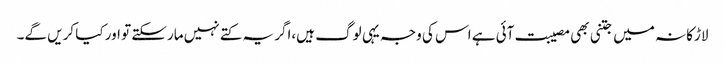
لاڑکانہ میں جتنی بھی مصیبت آئی ہے اس کی وجہ یہی لوگ ہیں،اگر یہ کتے نہیں مارسکتے تو اور کیا کریں گے۔